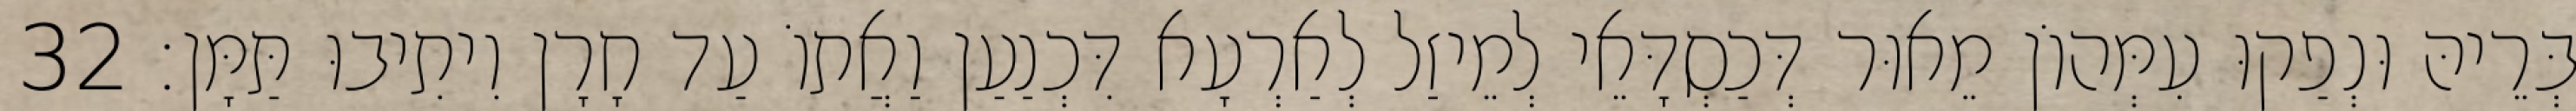
בְּרֵיהּ וּנְפַקוּ עִמְּהוֹן מֵאוּר דְּכַסְדָּאֵי לְמֵיזַל לְאַרְעָא דִּכְנַעַן וַאֲתוֹ עַד חָרָן וִיתִיבוּ תַּמָּן׃ 32